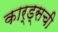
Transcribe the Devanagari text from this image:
कार्ड्सची